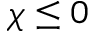
\chi \le 0